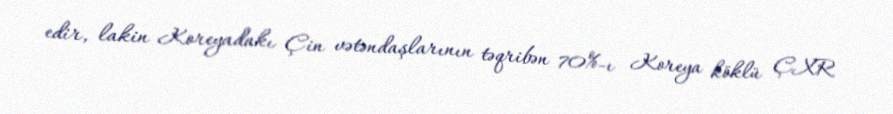
edir, lakin Koreyadakı Çin vətəndaşlarının təqribən 70%-ı Koreya köklü ÇXR